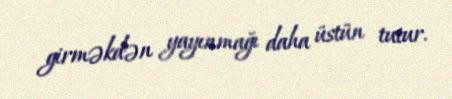
girməkdən yayınmağı daha üstün tutur.